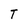
Character: T